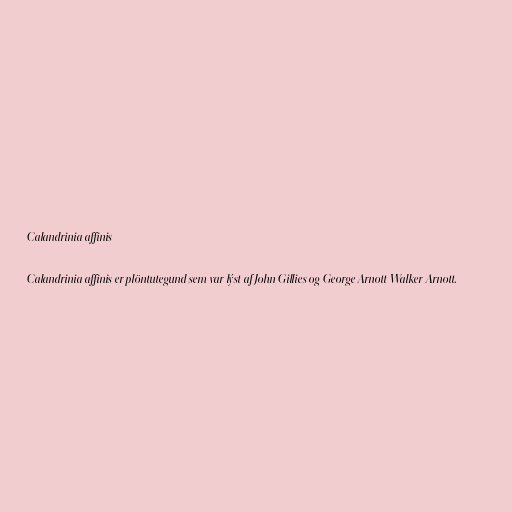
Calandrinia affinis

Calandrinia affinis er plöntutegund sem var lýst af John Gillies og George Arnott Walker Arnott.